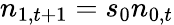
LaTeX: n_{1,t+1}=s_{0}n_{0,t}